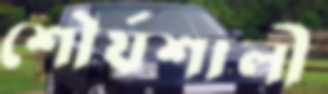
শৌর্যশালী